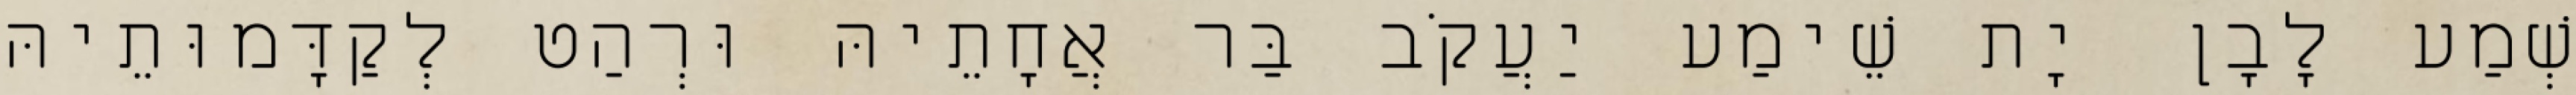
שְׁמַע לָבָן יָת שֵׁימַע יַעֲקֹב בַּר אֲחָתֵיהּ וּרְהַט לְקַדָּמוּתֵיהּ